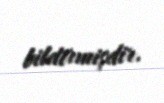
bildirmişdir.